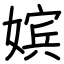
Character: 嫔